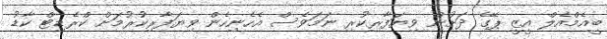
ބީއެމްއެލް އީޒީ ޕޭގެ ދަށުން ވިޔަފާރިކުރި ނަމަވެސް އެހެނިހެން ވިޔަފާރިކުރުމަށް ކްރެޑިޓް ކާޑު